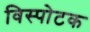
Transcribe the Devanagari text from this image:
विस्पोटक